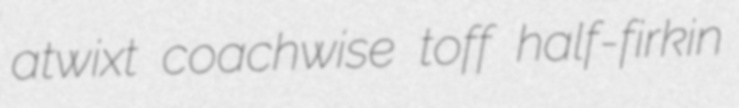
atwixt coachwise toff half-firkin